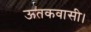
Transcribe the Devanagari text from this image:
ऊतकवासी।